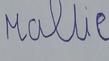
Signature authenticity: forged